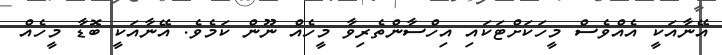
އޭނާއަކީ އެއްވެސް މީހަކަށްޓަކައި އިހްސާންތެރިވާ މީހެއް ނޫން ކަމެވެ. އޭނާއަކީ ބޮޑާ މީހެއް